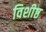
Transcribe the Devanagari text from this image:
विशीष्ठ